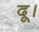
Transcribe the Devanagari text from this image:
दू।